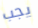
يجب